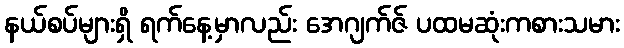
နယ်စပ်များရှိ ရက်နေ့မှာလည်း အေဂျက်ဇ် ပထမဆုံးကစားသမား